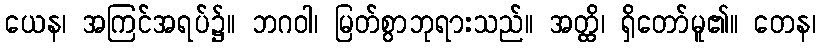
ယေန၊ အကြင်အရပ်၌။ ဘဂဝါ၊ မြတ်စွာဘုရားသည်။ အတ္ထိ၊ ရှိတော်မူ၏။ တေန၊